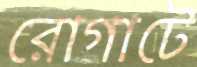
রোগাটে